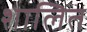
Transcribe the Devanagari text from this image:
शालित